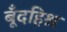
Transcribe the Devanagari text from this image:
बूँदहिश्न